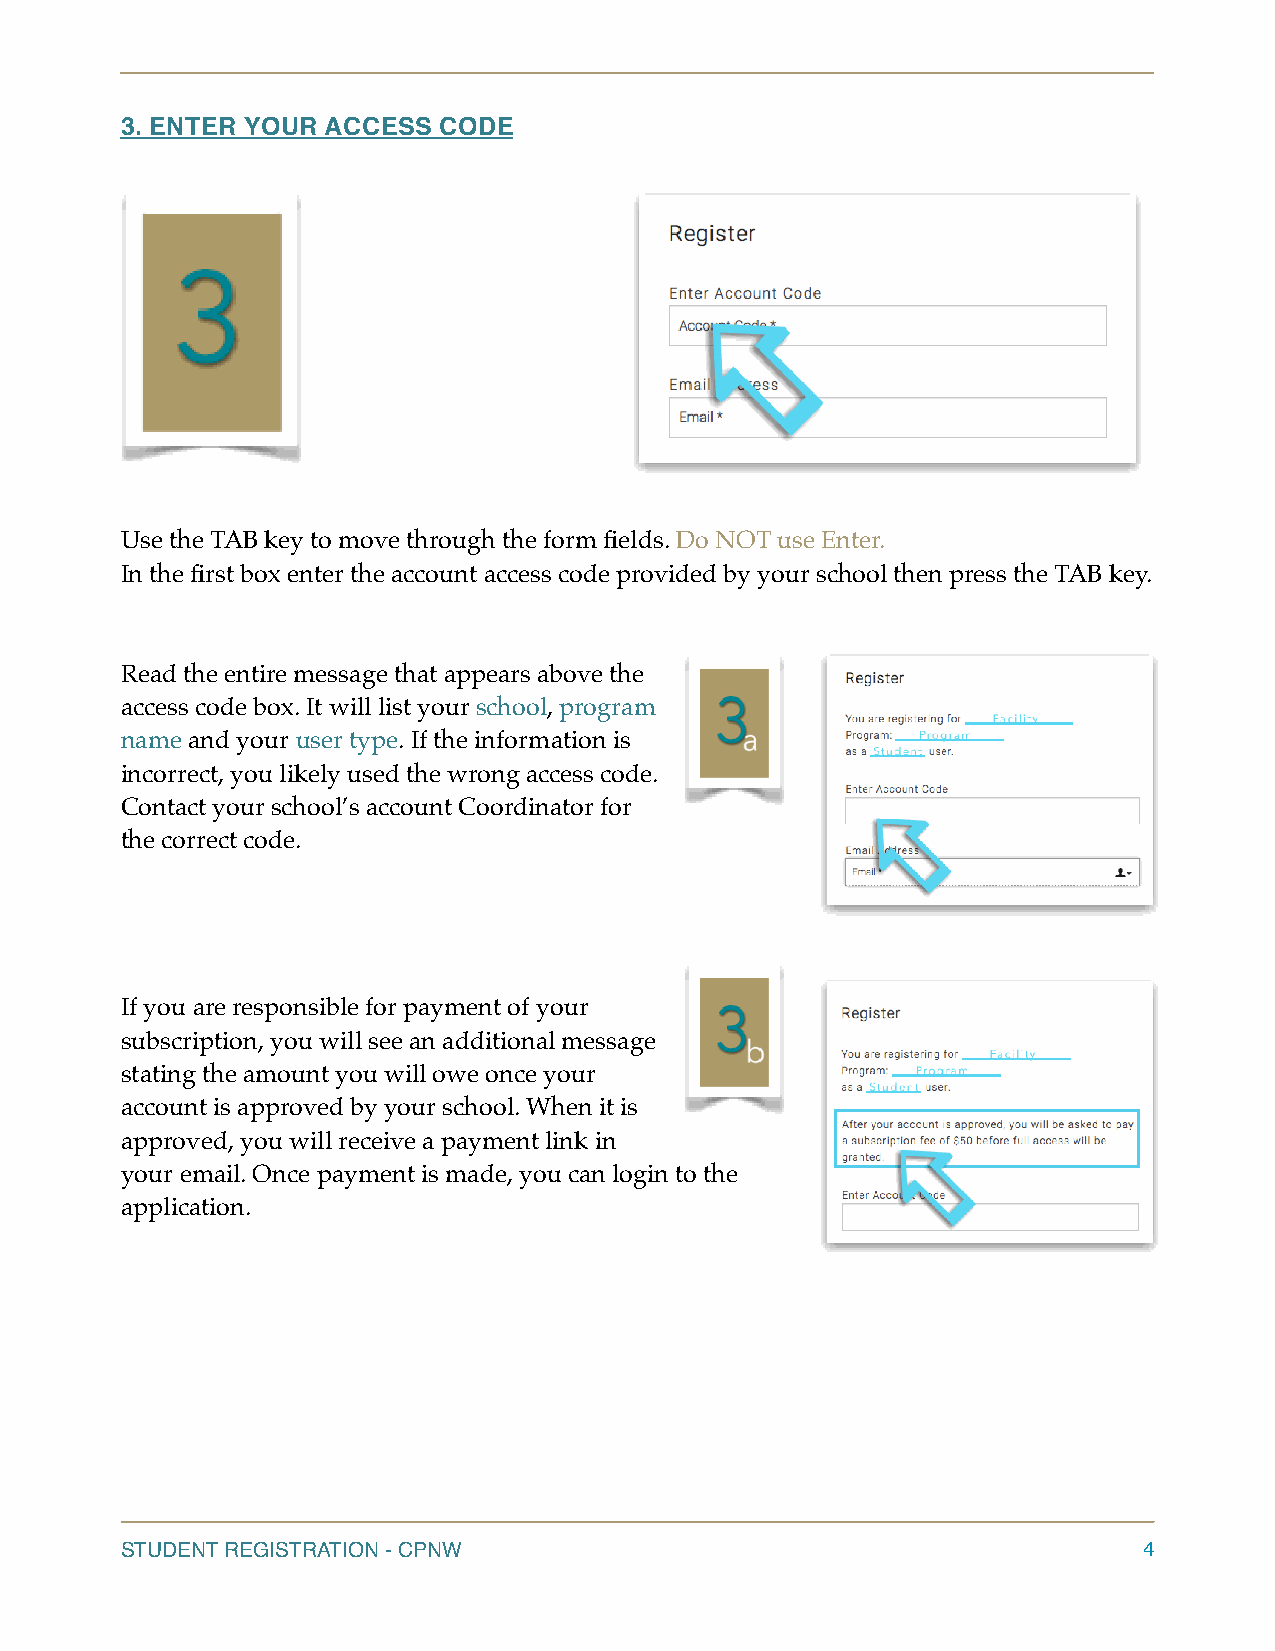
3. ENTER YOUR ACCESS CODE
 Use the TAB key to move through the form fields. Do NOT use Enter.
 In the first box enter the account access code provided by your school then press the TAB key.
 Read the entire message that appears above the
 access code box. It will list your school, program
 name and your user type. If the information is
 incorrect, you likely used the wrong access code.
 Contact your school’s account Coordinator for
 the correct code.
 If you are responsible for payment of your
 subscription, you will see an additional message
 stating the amount you will owe once your
 account is approved by your school. When it is
 approved, you will receive a payment link in
 your email. Once payment is made, you can login to the
 application.
 STUDENT REGISTRATION - CPNW                                         4